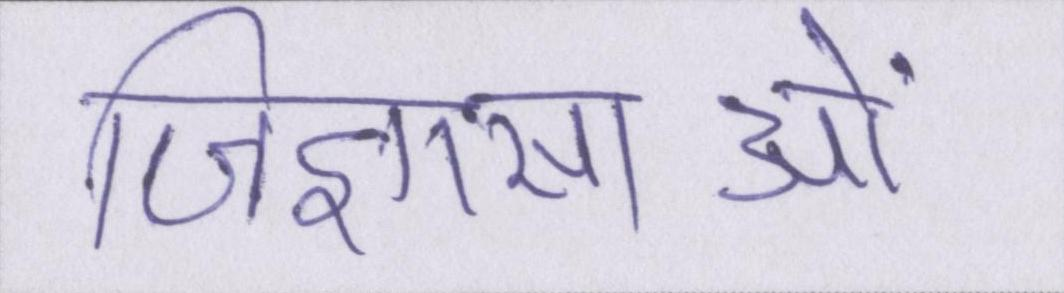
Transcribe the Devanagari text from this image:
जिज्ञासाओं